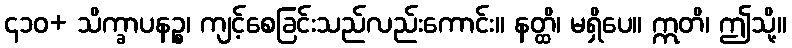
၄၁၀+ သိက္ခာပနဉ္စ၊ ကျင့်စေခြင်းသည်လည်းကောင်း။ နတ္ထိ၊ မရှိပေ။ ဣတိ၊ ဤသို့။